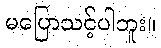
မပြောသင့်ပါဘူး။